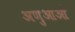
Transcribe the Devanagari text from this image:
अणुआओ